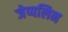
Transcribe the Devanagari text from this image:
जेप्पलिन